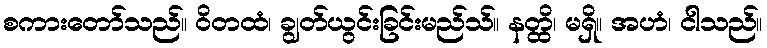
စကားတော်သည်။ ဝိတထံ၊ ချွတ်ယွင်းခြင်းမည်သ်။ နတ္ထိ၊ မရှိ။ အဟံ၊ ငါသည်။